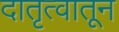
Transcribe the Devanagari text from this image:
दातृत्वातून